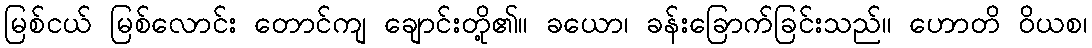
မြစ်ငယ် မြစ်လောင်း တောင်ကျ ချောင်းတို့၏။ ခယော၊ ခန်းခြောက်ခြင်းသည်။ ဟောတိ ဝိယစ၊